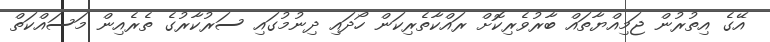
އޭގެ އިތުުރުން ޖަމިއްޔާތައް ބާރުވެރިކޮށް ރައްކާތެރިކަން ހޯދައި ދިނުމުގައި ސަރުކާރުގެ ތެރެއިން މަސައްކަތް